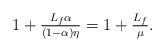
LaTeX: \begin{align*}1+\tfrac{L_f\alpha}{(1-\alpha)\eta} = 1+\tfrac{L_f}{\mu}.\end{align*}